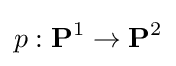
p:\mathbf {P} ^{1}\to \mathbf {P} ^{2}